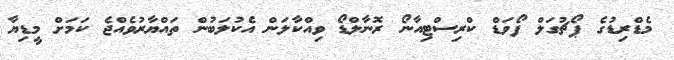
މެޑްރިޑުގެ ޕޯޗުގަލް ފޯވަޑް ކްރިސްޓިއާނޯ ރޮނާލްޑޯ ވިއްކާލަން އެކުލަބުން ތައްޔާރުވެއްޖެ ކަމަށް މީޑިޔާ